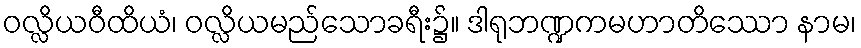
ဝလ္လိယဝီထိယံ၊ ဝလ္လိယမည်သောခရီး၌။ ဒါရုဘဏ္ဍကမဟာတိဿော နာမ၊